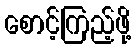
စောင့်ကြည့်ဖို့